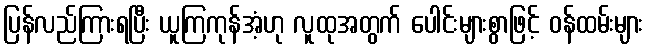
ပြန်လည်ကြားရပြီး ယူကြကုန်အံ့ဟု လူထုအတွက် ပေါင်းများစွာဖြင့် ဝန်ထမ်းများ